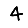
Digit: 4